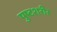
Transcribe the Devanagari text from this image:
पुष्टशरीर